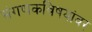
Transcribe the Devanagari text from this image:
संगणकविषयांवर